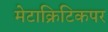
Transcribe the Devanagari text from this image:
मेटाक्रिटिकपर